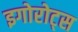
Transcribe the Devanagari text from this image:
इगोरोट्स